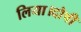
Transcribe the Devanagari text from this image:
लिया।दोषी